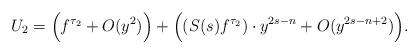
LaTeX: \begin{align*}U_{2}=\Big(f^{\tau_2}+O(y^2)\Big)+\Big((S(s)f^{\tau_2})\cdot y^{2s-n}+O(y^{2s-n+2})\Big).\end{align*}